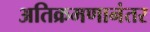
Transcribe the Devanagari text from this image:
अतिक्रमणानंतर